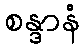
စန္ဒာနံ